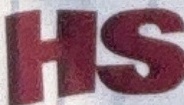
HS